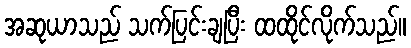
အဆုယာသည် သက်ပြင်းချပြီး ထထိုင်လိုက်သည်။